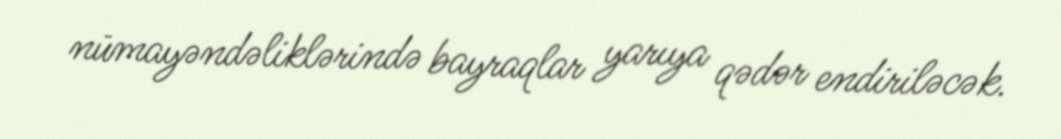
nümayəndəliklərində bayraqlar yarıya qədər endiriləcək.